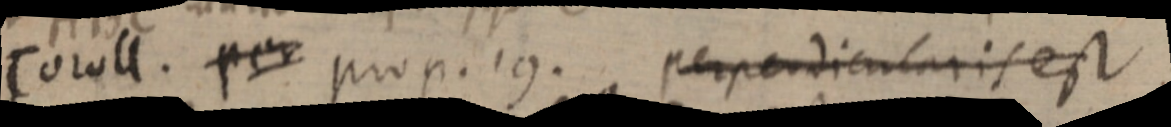
Coroll. per prop. 19. perpendicularis est